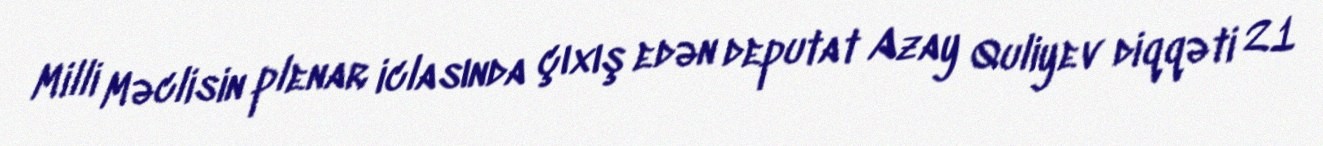
Milli Məclisin plenar iclasında çıxış edən deputat Azay Quliyev diqqəti 21